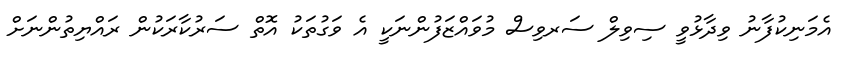
އެމަނިކުފާނު ވިދާޅުވީ ސިވިލް ސަރވިސް މުވައްޒަފުންނަކީ އެ ވަގުތަކު އޮތް ސަރުކާރަކުން ރައްޔިތުންނަށް